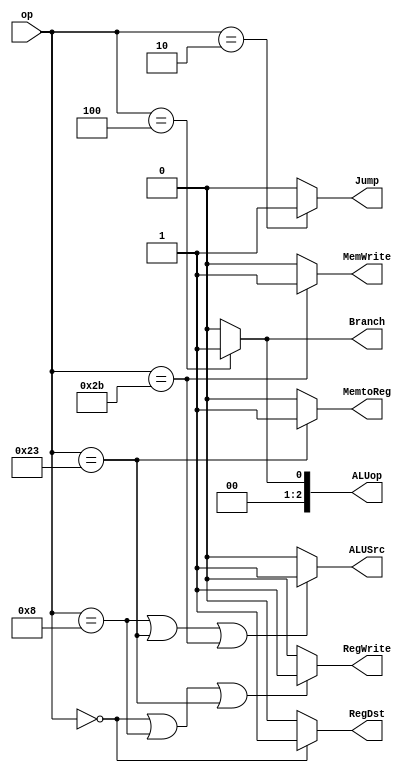
`timescale 1ns / 1ps
//////////////////////////////////////////////////////////////////////////////////
// Company: 
// Engineer: 
// 
// Design Name: 
// Module Name: Control_Unit
// Project Name: 
// Target Devices: 
// Tool Versions: 
// Description: 
// 
// Dependencies: 
// 
// Revision:
// Revision 0.01 - File Created
// Additional Comments:
// 
//////////////////////////////////////////////////////////////////////////////////


module Control_Unit(
    input [5:0] op,
    
    output RegDst,
    output Jump,
    output Branch,
    output MemtoReg,
    output [2:0] ALUop,
    output MemWrite,
    output ALUSrc,
    output RegWrite
    );
    
    localparam ADD=6'b000000, ADDI=6'b001000, LW=6'b100011, SW=6'b101011, BEQ=6'b000100, J=6'b000010;
    
    assign RegDst = (op==ADD)?  1:0 ;
    assign Jump = (op==J)?  1:0;
    assign Branch = (op==BEQ)? 1:0;
    assign MemtoReg = (op==LW)? 1:0;
    assign ALUop = (op==BEQ)? 3'b001:3'b000;    //BEQ
    assign MemWrite = (op==SW)? 1:0;
    assign ALUSrc = (op==ADDI || op==LW || op==SW)? 1:0;
    assign RegWrite = (op==ADD || op==ADDI || op==LW)? 1:0;
    
    
endmodule